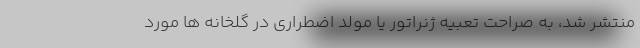
منتشر شد، به صراحت تعبیه ژنراتور یا مولد اضطراری در گلخانه ها مورد